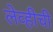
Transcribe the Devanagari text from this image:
लेव्हीची